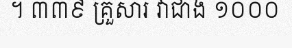
។ ៣៣៩ គ្រួសារ វាជាង ១០០០